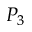
P _ { 3 }